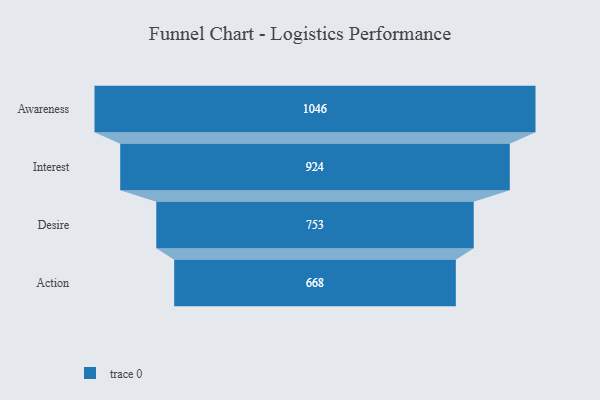
{"axis": {"x": "Stage", "y": "Value"}, "legend": [""], "data": [{"x": "Awareness", "y": 1046.0, "type": ""}, {"x": "Interest", "y": 924.0, "type": ""}, {"x": "Desire", "y": 753.0, "type": ""}, {"x": "Action", "y": 668.0, "type": ""}]}